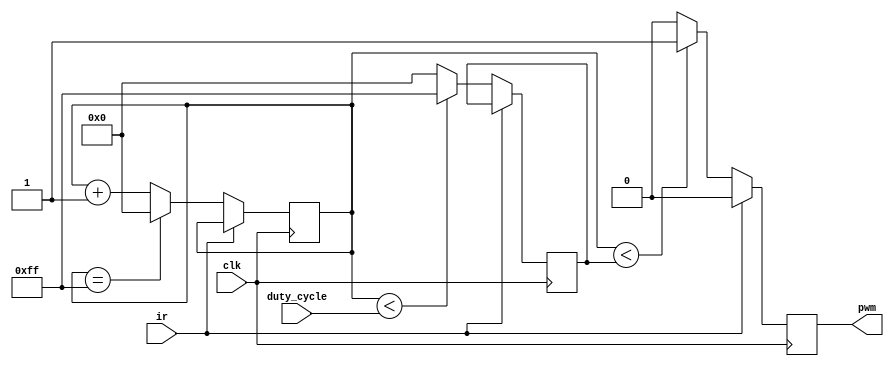
module pwm4(clk,duty_cycle,pwm,ir);

input clk,ir;
input [7:0]duty_cycle;  
output reg pwm;

reg [7:0] counter;
reg [7:0] threshold;


always @(posedge clk) begin

	if (ir) pwm=0; 
	
	else begin 
 
	
	
  counter <= counter + 1;

  if (counter == 255) begin
    counter <= 0;
  end

  if (counter < duty_cycle) begin
    threshold <= 255;
  end else begin
    threshold <= 0;
  end

  if (counter < threshold) begin
    pwm <= 1;
  end else begin
    pwm <= 0;
  end
 end 
end

endmodule